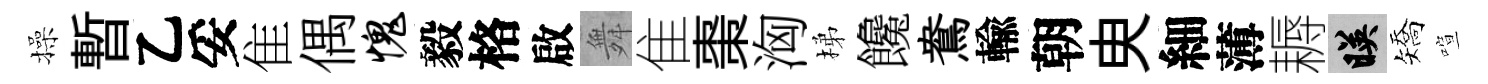
操暫乙妥隹偶愧毅格啟舞隹棗洶梯饞鴦輸朝㬰細薄耨映矯喧